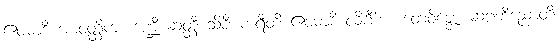
ဧဝမာဒိ အာဝတ္ထိကံ။ ဒဏ္ဍီ ဆတ္တီ သိခီ ကရီတိ ဧဝမာဒိ လိင်္ဂိကံ။ တေဝိဇ္ဇော ဆဠဘိညောတိ